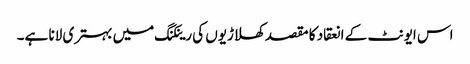
اس ایونٹ کے انعقاد کا مقصد کھلاڑیوں کی رینکنگ میں بہتری لانا ہے۔